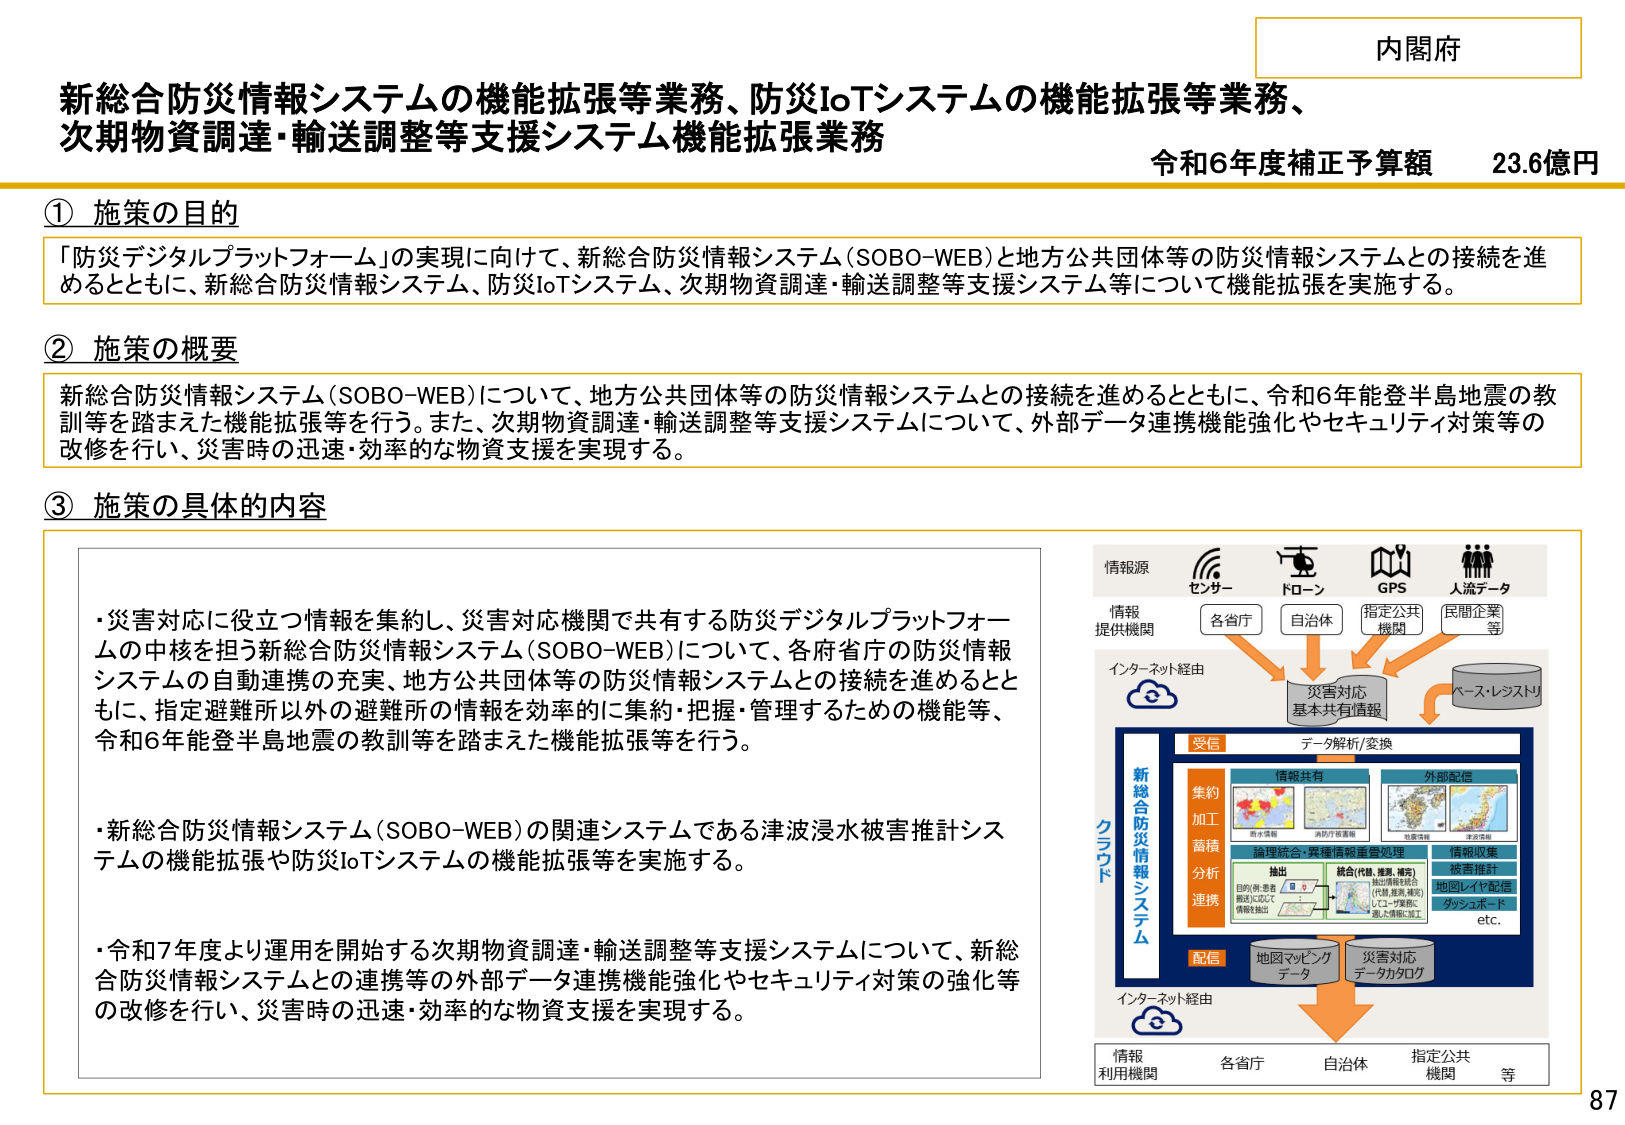
内閣府

新総合防災情報システムの機能拡張等業務、防災IoTシステムの機能拡張等業務、
次期物資調達・輸送調整等支援システム機能拡張業務

令和6年度補正予算額　23.6億円

① 施策の目的
「防災デジタルプラットフォーム」の実現に向けて、新総合防災情報システム（SOBO-WEB）と地方公共団体等の防災情報システムとの接続を進
めるとともに、新総合防災情報システム、防災IoTシステム、次期物資調達・輸送調整等支援システム等について機能拡張を実施する。

② 施策の概要
新総合防災情報システム（SOBO-WEB）について、地方公共団体等の防災情報システムとの接続を進めるとともに、令和6年能登半島地震の教
訓等を踏まえた機能拡張等を行う。また、次期物資調達・輸送調整等支援システムについて、外部データ連携機能強化やセキュリティ対策等の
改修を行い、災害時の迅速・効率的な物資支援を実現する。

③ 施策の具体的内容
・災害対応に役立つ情報を集約し、災害対応機関で共有する防災デジタルプラットフォー
ムの中核を担う新総合防災情報システム（SOBO-WEB）について、各府省庁の防災情報
システムの自動連携の充実、地方公共団体等の防災情報システムとの接続を進めるとと
もに、指定避難所以外の避難所の情報を効率的に集約・把握・管理するための機能等、
令和6年能登半島地震の教訓等を踏まえた機能拡張等を行う。

・新総合防災情報システム（SOBO-WEB）の関連システムである津波浸水被害推計シス
テムの機能拡張や防災IoTシステムの機能拡張等を実施する。

・令和7年度より運用を開始する次期物資調達・輸送調整等支援システムについて、新総
合防災情報システムとの連携等の外部データ連携機能強化やセキュリティ対策の強化等
の改修を行い、災害時の迅速・効率的な物資支援を実現する。

情報源
センサー
ドローン
GPS
人流データ

情報
提供機関
各省庁
自治体
指定公共
機関
民間企業
等

インターネット経由
災害対応
基本共有情報
ベースレジストリ

受信
データ解析/変換
情報共有
外部配信

新総合防災情報システム
集約
加工
蓄積
分析
連携

情報収集
被害推計
地図レイヤ配信
ダッシュボード
etc.

統合（代替、重複、補完）
抽出（情報の統合）
（代替、重複、補完）
としてユーザ業務に
優れた情報に加工

抽出
目的（発生を
瞬時に知らせる）
情報を抽出

管理統合・異種情報重畳処理

配信
地図マッピング
データ
災害対応
データカタログ

インターネット経由

情報
利用機関
各省庁
自治体
指定公共
機関
等

87